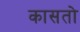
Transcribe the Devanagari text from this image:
कासतो